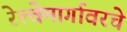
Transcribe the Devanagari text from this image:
रेल्वेमार्गावरचे